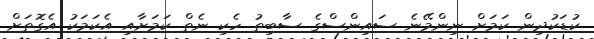
ކުޑަކުދިން ކަމަށް ނިންމޭނެ ސައިންސްގެ ސާބިތު ހެކި ނެތް ކަމަށާއި އެކަމަކު އެގޮތަށް